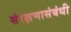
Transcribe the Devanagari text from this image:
संरक्षणासंबंधी